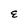
Character: E